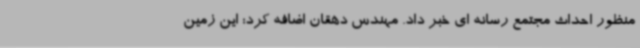
منظور احداث مجتمع رسانه ای خبر داد. مهندس دهقان اضافه کرد: این زمین